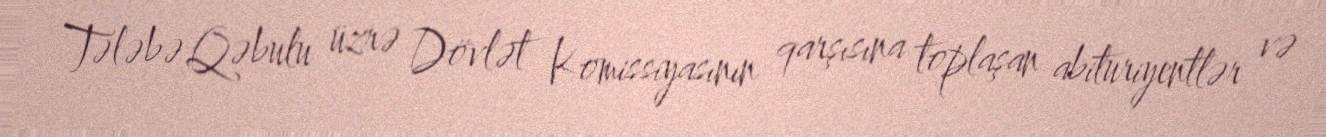
Tələbə Qəbulu üzrə Dövlət Komissiyasının qarşısına toplaşan abituriyentlər və